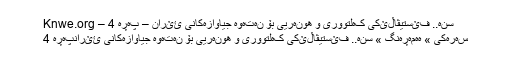
سنە.. فێستیڤاڵێکی کەلتووری و هونەریی بۆ نەتەوە جیاوازەکانی ئێران – پەڕە 4 – Knwe.org
سەرەکی » هەمەڕەنگ » سنە.. فێستیڤاڵێکی کەلتووری و هونەریی بۆ نەتەوە جیاوازەکانی ئێرانپەڕە 4